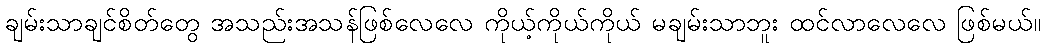
ချမ်းသာချင်စိတ်တွေ အသည်းအသန်ဖြစ်လေလေ ကိုယ့်ကိုယ်ကိုယ် မချမ်းသာဘူး ထင်လာလေလေ ဖြစ်မယ်။